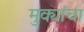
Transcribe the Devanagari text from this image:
मुक्यांचा